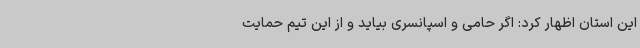
این استان اظهار کرد: اگر حامی و اسپانسری بیاید و از این تیم حمایت